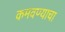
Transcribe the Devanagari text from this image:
कमवण्याचा